Scottish Leaving Certificate Examination, 1956
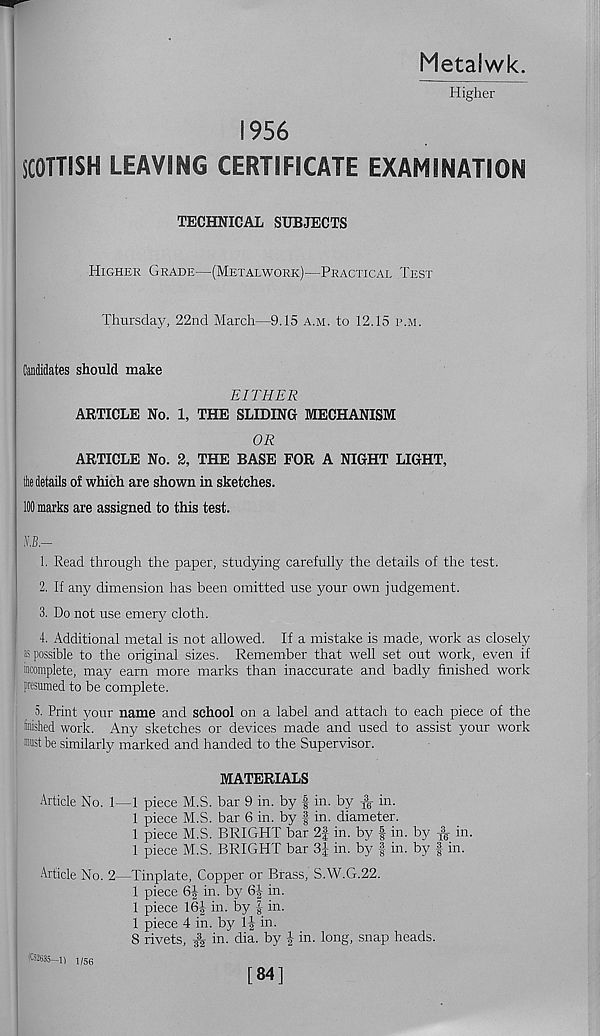
Metaiwk.
Higher
1956
SCOTTISH LEAVING CERTIFICATE EXAMINATION
TECHNICAL SUBJECTS
Higher Grade—(Metalwork)—Practical Test
Thursday, 22nd March—9.15 a.m. to 12.15 p.m.
Candidates should make
EITHER
ARTICLE No. 1, THE SLIDING MECHANISM
OR
ARTICLE No. 2, THE BASE FOR A NIGHT LIGHT,
ihe details of which are shown in sketches.
100 marks are assigned to this test.
KB—
1. Read through the paper, studying carefully the details of the test.
2. If any dimension has been omitted use your own judgement.
3. Do not use emery cloth.
4. Additional metal is not allowed. If a mistake is made, work as closely
as possible to the original sizes. Remember that well set out work, even if
incomplete, may earn more marks than inaccurate and badly finished work
presumed to be complete.
5. Print jmur name and school on a label and attach to each piece of the
Snished work. Any sketches or devices made and used to assist your work
must be similarly marked and handed to the Supervisor.
MATERIALS
Article No. 1—1 piece M.S. bar 9 in. by f in. by
in.
1 piece M.S. bar 6 in. by § in. diameter.
1 piece M.S. BRIGHT bar 2f in. by f in. by f e in.
1 piece M.S. BRIGHT bar 3J in. by | in. by § in.
Article No. 2—Tinplate, Copper or Brass, S.W.G.22.
1 piece 6| in. by 6J in.
1 piece 16| in. by | in.
1 piece 4 in. by 1| in.
8 rivets, ^ in. dia. by | in. long, snap heads.
(052635—n 1/56
[84]